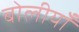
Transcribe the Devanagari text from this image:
बोलीयाँ